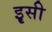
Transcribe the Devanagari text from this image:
इृसी